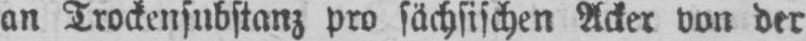
an Trockensubstanz pro sächsischen Acker von der